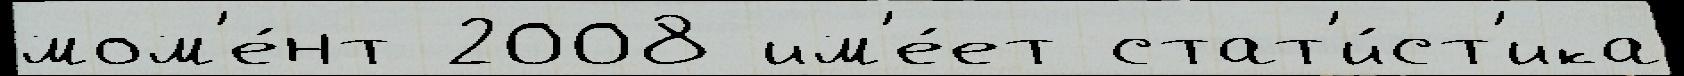
мом'е́нт 2008 им'е́ет стат'и́ст'ика